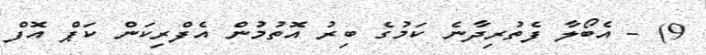
9) - އެބޯލާ ފެތުރިދާނެ ކަމުގެ ބިރު އޮތުމުން އެފްރިކަން ކަޕް އޮފް